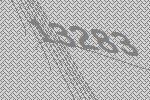
13283